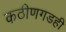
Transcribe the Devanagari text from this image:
कठीणगडही